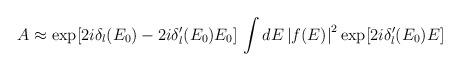
LaTeX: \begin{align*}A\approx \exp [2i\delta _l(E_0)-2i\delta '_l(E_0)E_0]\,\int {dE\left| {f(E)}\right|^2\exp [2i\delta '_l(E_0)E]}\end{align*}